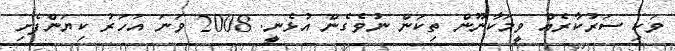
ވަކި ސަރުކާރެއް ވީމަކާނޫން ތިކަން ނުވެގެން އުޅެނީ. 2008 ވަނަ އަހަރު ކިޔަންފެށި